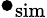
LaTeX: \bullet_{\mathrm{sim}}